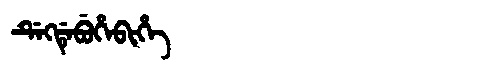
Manchu: ᡩᡝᡴᡩᡝᠪᡠᡥᡝᠪᡳᡥᡝ
Romanization: DEKDEBUHEBIHE